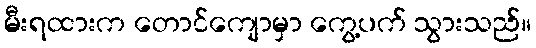
မီးရထားက တောင်ကျောမှာ ကွေ့ပက် သွားသည်။